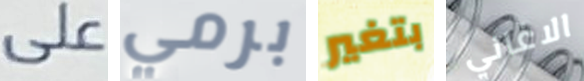
على برمي بتغير الاغاني